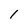
Character: l